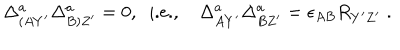
LaTeX: \Delta _ { ( A Y ^ { \prime } } ^ { a } \Delta _ { B ) Z ^ { \prime } } ^ { a } = 0 , \; \; \mathrm { i . e . , } \; \Delta _ { A Y ^ { \prime } } ^ { a } \Delta _ { B Z ^ { \prime } } ^ { a } = \epsilon _ { A B } R _ { Y ^ { \prime } Z ^ { \prime } } \; .